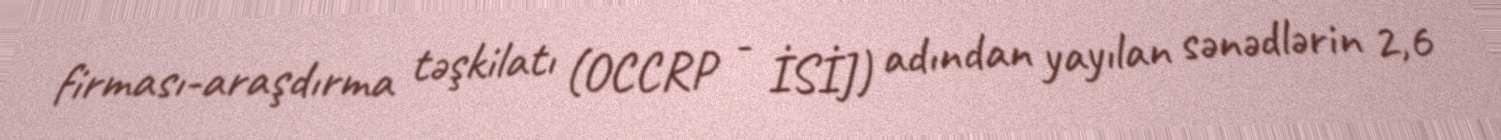
firması-araşdırma təşkilatı (OCCRP - İSİJ) adından yayılan sənədlərin 2,6